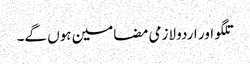
تلگو اور اردو لازمی مضامین ہوں گے۔